Civil Veterinary Dept. Bombay admin report 1900-1906 - 1900-1906
Year: 1900
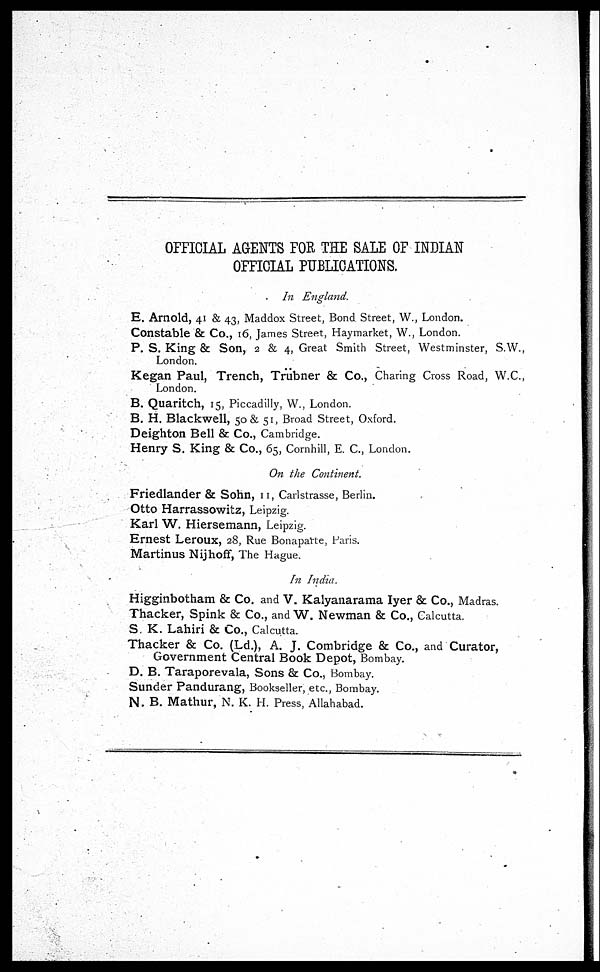
OFFICIAL AGENTS FOR THE SALE OF INDIAN
OFFICIAL PUBLICATIONS.
In England.
E. Arnold, 41 & 43, Maddox Street, Bond Street, W., London.
Constable & Co., 16, James Street, Hayrnarket, W., London.
P. S. King & Son, 2 & 4, Great Smith Street, Westminster, S.W.,
London.
Kegan Paul, Trench, Trubner & Co., Charing Cross Road, W.C.,
London.
B. Quaritch, 15, Piccadilly, W., London.
B. H. Blackwell, 50 & 51, Broad Street, Oxford.
Deighton Bell & Co., Cambridge.
Henry S. King & Co., 65, Cornhill, E. C., London.
On the Continent.
Friedlander & Sohn, 11, Carlstrasse, Berlin.
Otto Harrassowitz, Leipzig.
Karl W. Hiersemann, Leipzig.
Ernest Leroux, 28, Rue Bonaparte, Paris.
Martinus Nijhoff, The Hague.
In India.
Higginbotham & Co. and V. Kalyanarama Iyer & Co., Madras.
Thacker, Spink & Co., and W. Newman & Co., Calcutta.
S. K. Lahiri & Co., Calcutta.
Thacker & Co. (Ld.), A. J. Combridge & Co., and Curator,
Government Central Book Depot, Bombay.
D. B. Taraporevala, Sons & Co., Bombay.
Sunder Pandurang, Bookseller, etc., Bombay.
N. B. Mathur, N. K. H. Press, Allahabad.